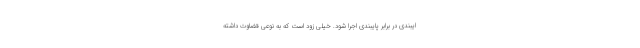
ایبندی در برابر پایبندی اجرا شود. خیلی زود است که به نوعی قضاوت داشته